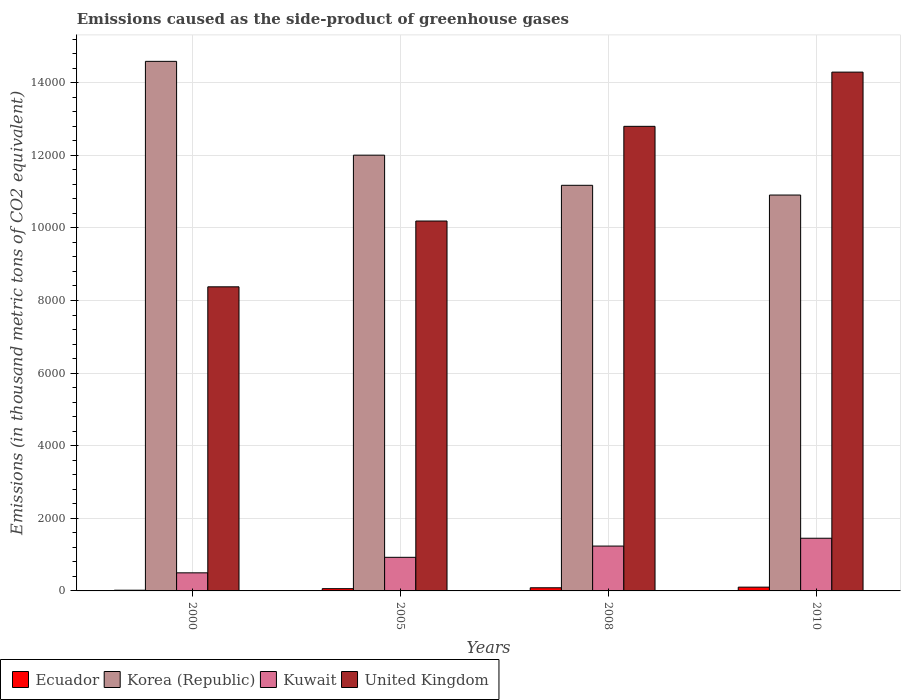
| Years | Ecuador | Korea (Republic) | Kuwait | United Kingdom |
 | --- | --- | --- | --- | --- |
 | 2000 | 19.7 | 1.46e+04 | 498 | 8.38e+03 |
 | 2005 | 62.2 | 1.2e+04 | 926 | 1.02e+04 |
 | 2008 | 86.7 | 1.12e+04 | 1.24e+03 | 1.28e+04 |
 | 2010 | 104 | 1.09e+04 | 1.45e+03 | 1.43e+04 |